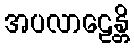
အပလာဠေန္တိ